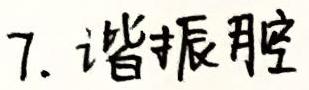
7. 谐振腔